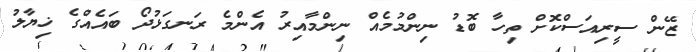
ޒޭން ސީރިއަސްކޮށް ތިހާ ބޮޑު ނިންމުމެއް ނިންމާއިރު އެންމެ ރަނގަޅުދޯ ބައެއްގެ ޚިޔާލު